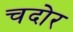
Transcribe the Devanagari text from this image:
चदोर